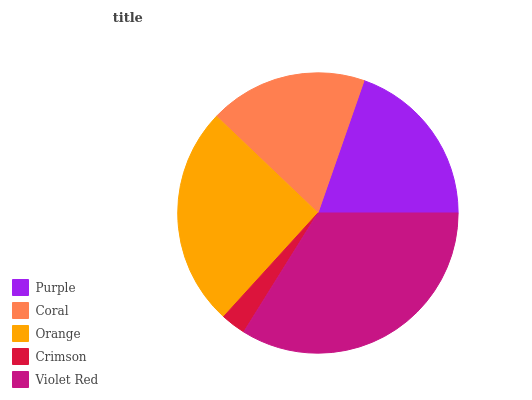
| Purple | Coral | Orange | Crimson | Violet Red |
 | --- | --- | --- | --- | --- |
 | 19.7% | 18.1% | 25.3% | 2.88% | 33.9% |